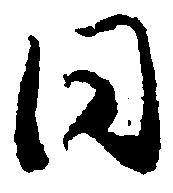
同